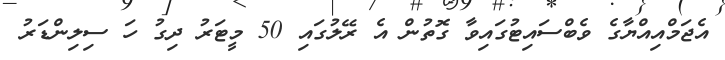
އެޖަމްއިއްޔާގެ ވެބްސައިޓުގައިވާ ގޮތުން އެ ރޭލުގައި 50 މީޓަރު ދިގު ހަ ސިލިންޑަރު